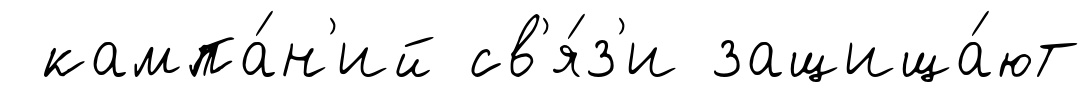
кампа́н'ий св'я́з'и защища́ют